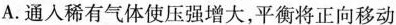
A.通入稀有气体使压强增大，平衡将正向移动